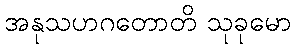
အနုသဟဂတောတိ သုခုမော